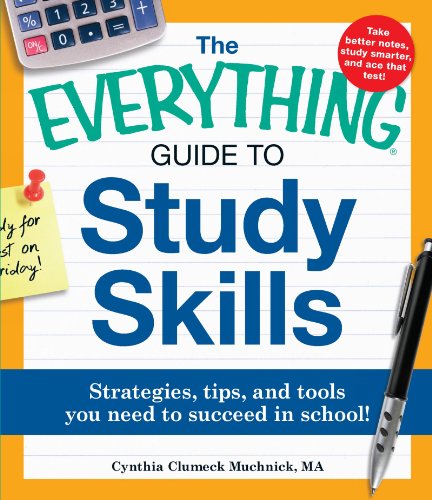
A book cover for The Everything Guide to Study Skills: Strategies, tips, and tools you need to succeed in school!; Cynthia C. Muchnick; Test Preparation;